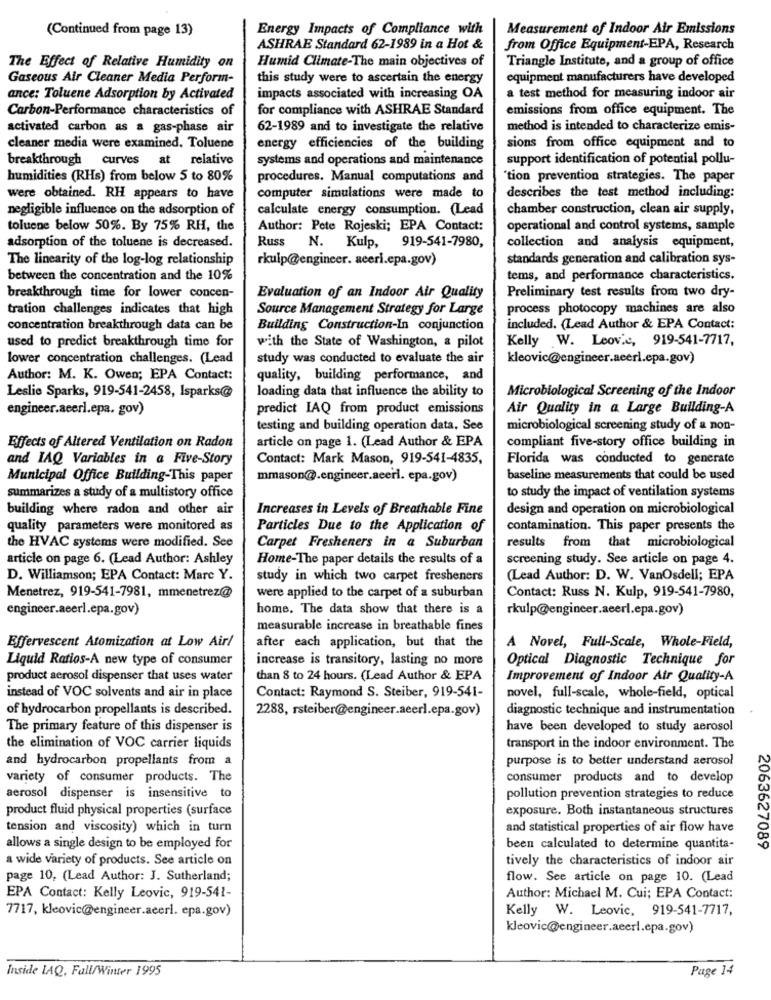
(Continued from page 13)
Energy Impacts of Compliance with
Measurement of Indoor Air Emissions
ASHRAE Standard 62-1989 in a Hot &
from Office Equipment-EPA, Research
Humid Climate-The main objectives of
Triangle Institute, and a group of office
The Effect of Relative Humidity on
Gaseous Air Cleaner Media Perform-
this study were to ascertain the energy
equipment manufacturers have developed
ance: Toluene Adsorption by Activated
impacts associated with increasing OA
a test method for measuring indoor air
Carbon-Performance characteristics of
for compliance with ASHRAE Standard
emissions from office equipment. The
activated carbon as a gas-phase air
62-1989 and to investigate the relative
method is intended to characterize emis-
cleaner media were examined. Toluene
energy efficiencies of the building
sions from office equipment and to
breakthrough curves a
at relative
systems and operations and maintenance
support identification of potential pollu-
humidities (RHs) from below 5 to 80%
procedures. Manual computations and
"tion prevention strategies. The paper
describes the test method including:
were obtained. RH appears to have
computer simulations were made to
negligible influence on the adsorption of
calculate energy consumption. (Lead
chamber construction, clean air supply,
toluene below 50%. By 75% RH, the
Author: Pete Rojeski; EPA Contact:
operational and control systems, sample
Russ
adsorption of the toluene is decreased.
N. Kulp, 919-541-7980,
collection and analysis equipment,
The linearity of the log-log relationship
standards generation and calibration sys-
rkulp@engineer. aceri.epa.gov)
between the concentration and the 10%
tems, and performance characteristics.
Preliminary test results from two dry-
breakthrough time for lower concen-
Evaluation of an Indoor Air Quality
tration challenges indicates that high
Source Management Strategy for Large
process photocopy machines are also
concentration breakthrough data can be
Building Construction-In conjunction
included. (Lead Author & EPA Contact:
Kelly W. Leovic, 919-541-7717,
used to predict breakthrough time for
with the State of Washington, & pilot
lower concentration challenges. (Lead
study was conducted to evaluate the air
kleovic@engineer.acerl.epa.gov)
Author: M. K. Owen; EPA Contact:
quality, building performance, and
Microbiological Screening of the Indoor
Leslie Sparks, 919-541-2458, Isparks@
loading data that influence the ability to
engineer.acerl.epa. gov)
predict IAQ from product emissions
Air Quality in a Large Building-A
testing and building operation data. See
microbiological screening study of a non-
article on page 1. (Lead Author & EPA
compliant five-story office building in
Effects of Altered Ventilation on Radon
and IAQ Variables in a Five-Story
Contact: Mark Mason, 919-541-4835,
Florida was conducted to generate
Municipal Office Building-This paper
mmason@.engineer.acerl. epa.gov)
baseline measurements that could be used
summarizes a study of a multistory office
to study the impact of ventilation systems
building where radon and other air
Increases in Levels of Breathable Fine
design and operation on microbiological
quality parameters were monitored as
Particles Due to the Application of
contamination. This paper presents the
the HVAC systems were modified. See
Carpet Fresheners in a Suburban
results from that microbiological
article on page 6. (Lead Author: Ashley
Home-The paper details the results of a
screening study. See article on page 4.
D. Williamson; EPA Contact: Marc Y.
study in which two carpet fresheners
(Lead Author: D. W. VanOsdell; EPA
Contact: Russ N. Kulp, 919-541-7980,
Menetrez, 919-541-7981, mmenetrez@
were applied to the carpet of a suburban
engineer.acerl.epa.gov)
home. The data show that there is a
rkulp@engineer.acerl.epa.gov)
measurable increase in breathable fines
Effervescent Atomization at Low Air/
after each application, but that the
A Novel, Full-Scale, Whole-Field,
Liquid Ratios-A new type of consumer
increase is transitory, lasting no more
Optical Diagnostic Technique for
product aerosol dispenser that uses water
than 8 to 24 hours. (Lead Author & EPA
Improvement of Indoor Air Quality-A
instead of VOC solvents and air in place
Contact: Raymond S. Steiber, 919-541-
novel, full-scale, whole-field, optical
of hydrocarbon propellants is described.
2288, rsteiber@engineer.aeerl.epa.gov)
diagnostic technique and instrumentation
The primary feature of this dispenser is
have been developed to study aerosol
the elimination of VOC carrier liquids
transport in the indoor environment. The
and hydrocarbon propellants from a
purpose is to better understand aerosol
variety of consumer products. The
consumer products and to develop
aerosol dispenser is insensitive to
pollution prevention strategies to reduce
product fluid physical properties (surface
exposure. Both instantaneous structures
tension and viscosity) which in turn
and statistical properties of air flow have
2063627089
allows a single design to be employed for
been calculated to determine quantita-
a wide variety of products. See article on
tively the characteristics of indoor air
page 10, (Lead Author: J. Sutherland;
flow. See article on page 10. (Lead
EPA Contact: Kelly Leovic, 919-541-
Author: Michael M. Cui; EPA Contact:
7717, kleovic@engineer.acerl. epa.gov)
Kelly W. Leovic, 919-541-7717,
kleovic@engineer.acerl.epa.gov)
Inside LAQ, Fall/Winter 1995
Page 14